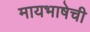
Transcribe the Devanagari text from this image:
मायभाषेची